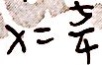
x = \frac { 5 } { 4 }